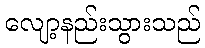
လျော့နည်းသွားသည်